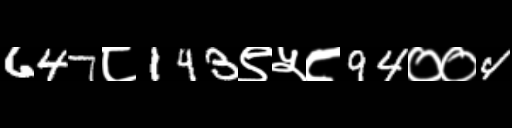
Text: 647८143९५८94००4